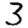
Digit: 3